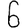
Digit: 6